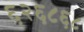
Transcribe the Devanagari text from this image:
६२६८६८